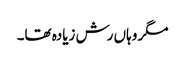
مگر وہاں رش زیادہ تھا۔